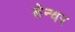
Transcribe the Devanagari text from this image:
डेन्चर